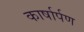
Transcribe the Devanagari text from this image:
कार्षार्पण